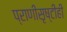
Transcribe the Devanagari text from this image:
प्राणीसृष्टीही